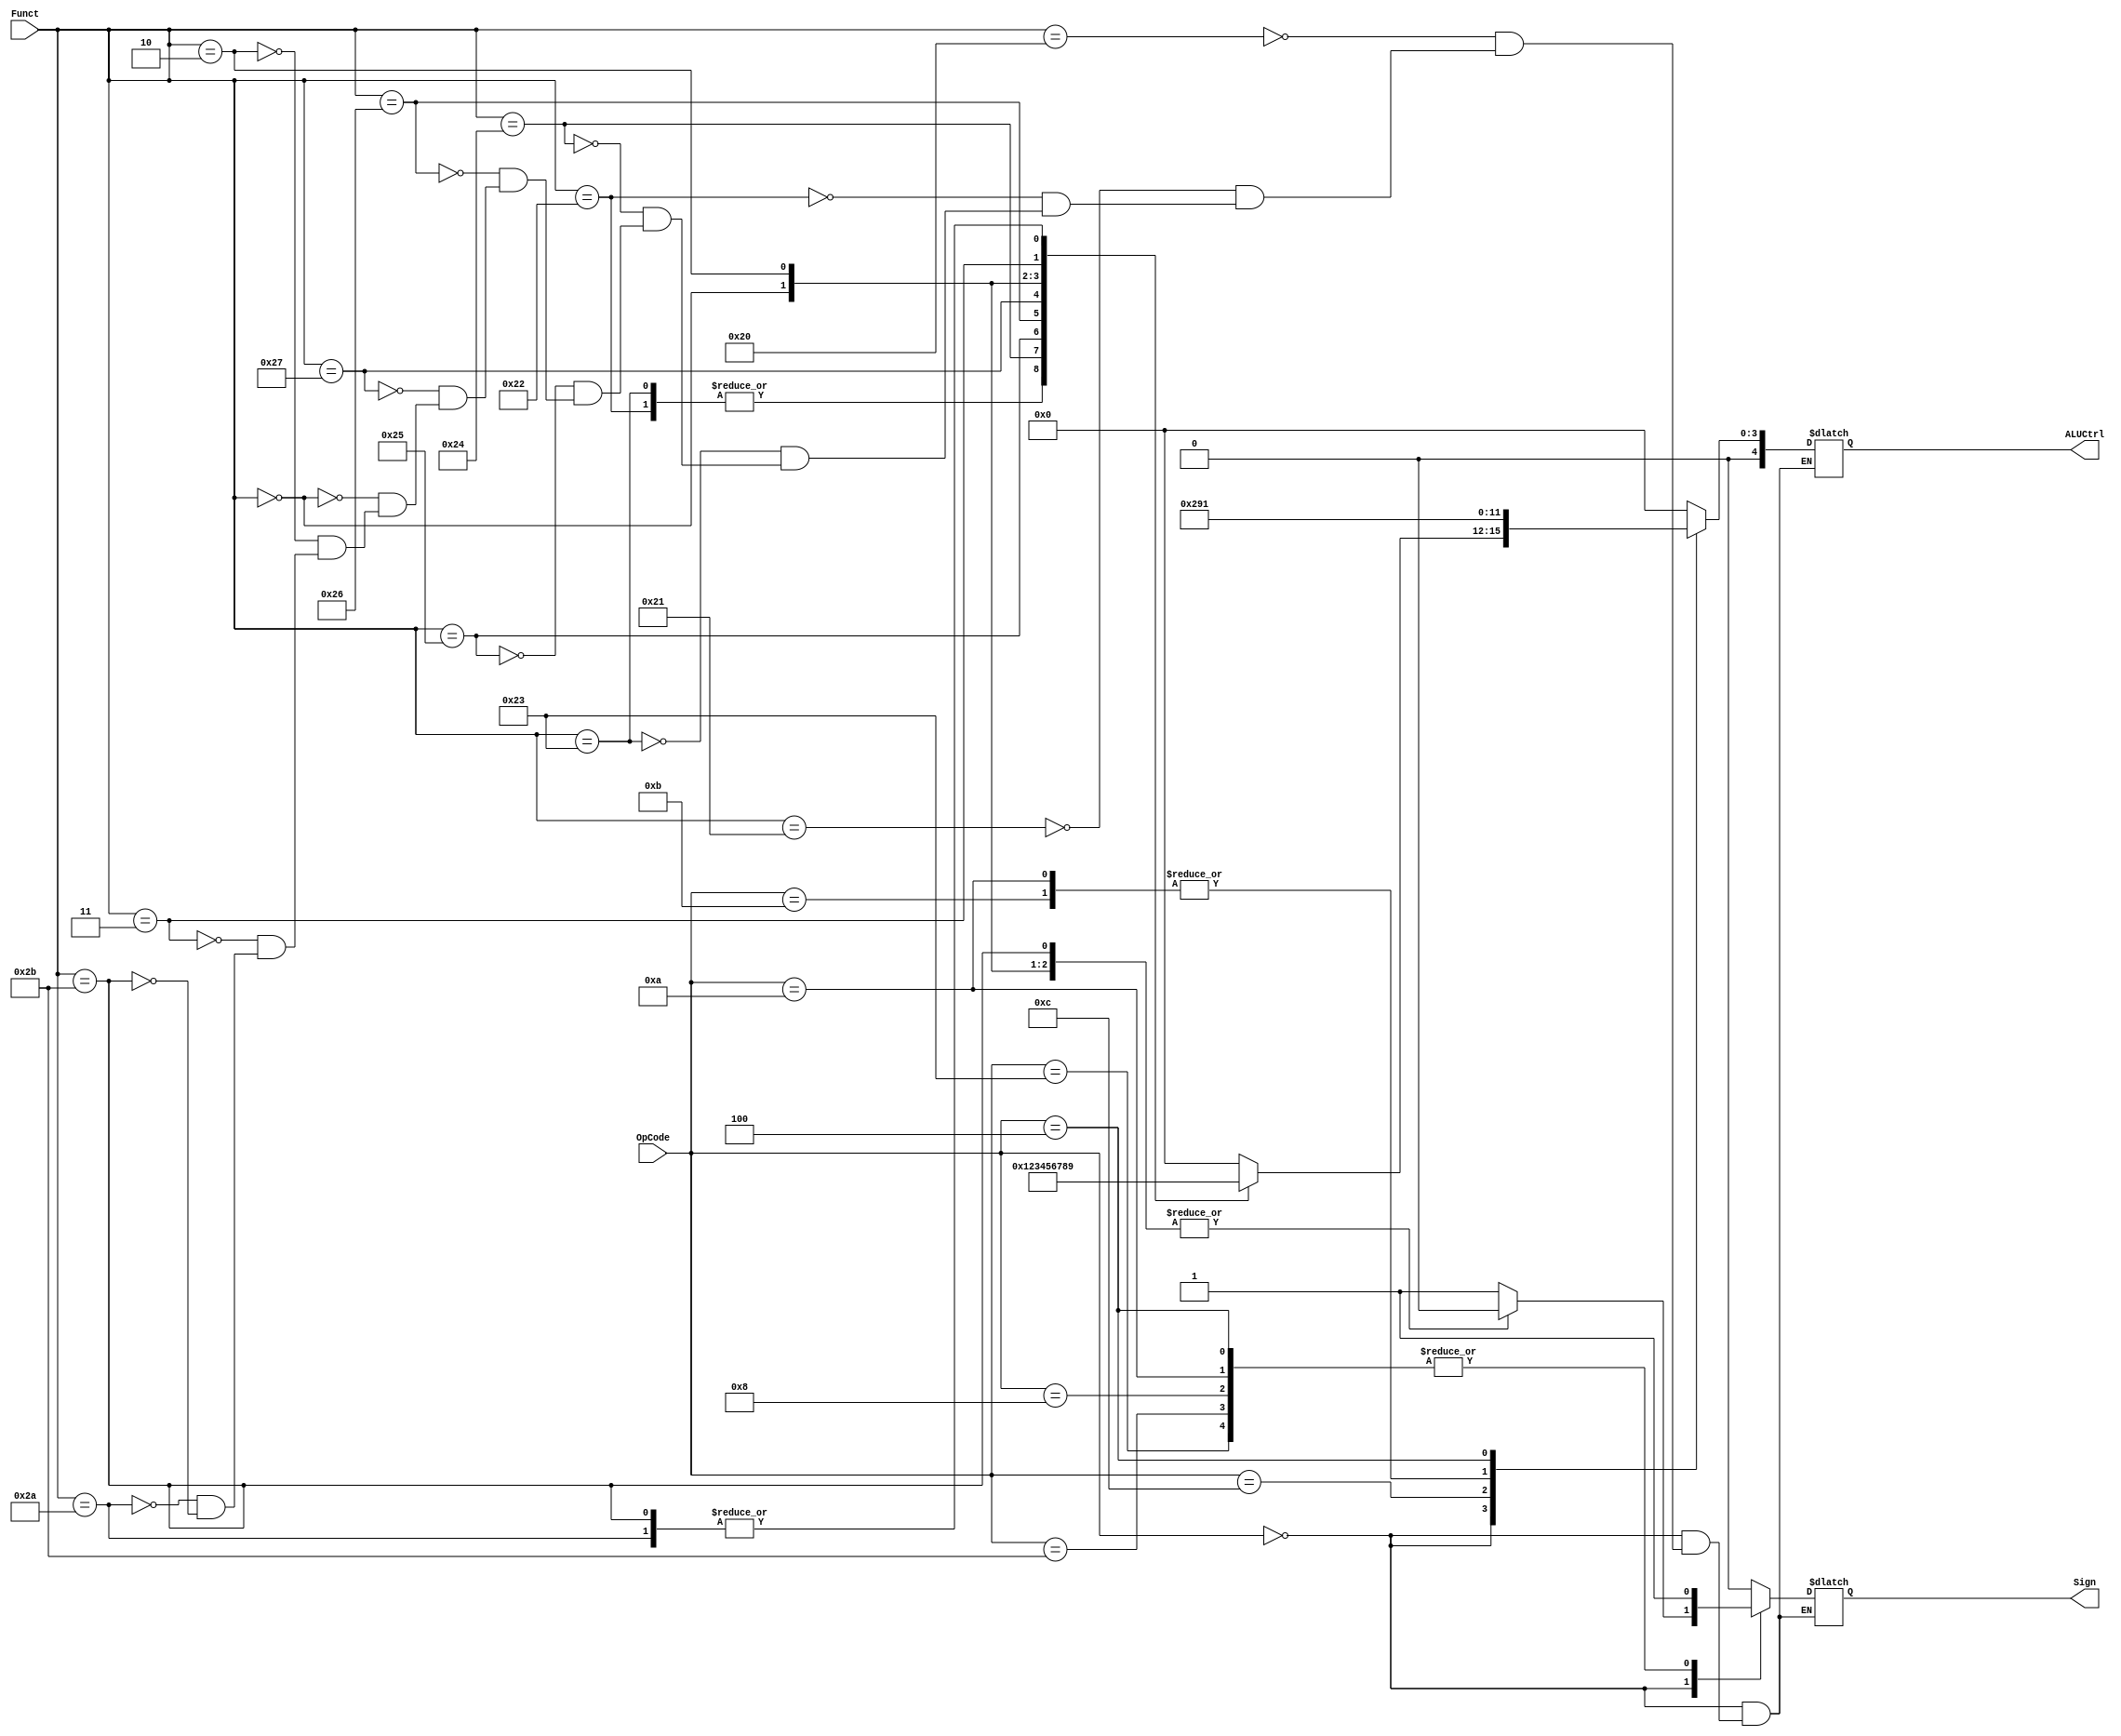
module ALUController(input [5:0]OpCode,
           input [5:0] Funct,
           output reg [4:0] ALUCtrl,
           output reg Sign
);
always @(*) begin
    case(OpCode)
    6'h00:begin
         case(Funct)
         //add
         6'h20:begin
               ALUCtrl=5'b00000;
               Sign=1'b1;
               end
         //addu
         6'h21:begin
               ALUCtrl=5'b00000;
               Sign=1'b0;
               end
         //sub
         6'h22:begin
               ALUCtrl=5'b00001;
               Sign=1'b1;
               end
         //subu
         6'h23:begin
               ALUCtrl=5'b00001;
               Sign=1'b0;
               end
         //and
         6'h24:begin
               ALUCtrl=5'b00010;
               Sign=1'b1;
               end
         //or
         6'h25:begin
               ALUCtrl=5'b00011;
               Sign=1'b1;
               end
         //xor
         6'h26:begin
               ALUCtrl=5'b00100;
               Sign=1'b1;
               end
         //nor
         6'h27:begin
               ALUCtrl=5'b00101;
               Sign=1'b1;
               end
         //sll
         6'h00:begin
               ALUCtrl=5'b00110;
               Sign=1'b0;
               end
         //srl
         6'h02:begin
               ALUCtrl=5'b00111;
               Sign=1'b0;
               end
         //sra
         6'h03:begin
               ALUCtrl=5'b01000;
               Sign=1'b1;
               end
         //slt
         6'h2a:begin
               ALUCtrl=5'b01001;
               Sign=1'b1;
               end
         //sltu
         6'h2b:begin
               ALUCtrl=5'b01001;
               Sign=1'b0;
               end
         endcase
         end
    //lw
    6'h23:begin
          ALUCtrl=5'b00000;
          Sign=1'b1;
          end
    //sw
    6'h2b:begin
          ALUCtrl=5'b00000;
          Sign=1'b1;
          end
    //addi
    6'h08:begin
          ALUCtrl=5'b00000;
          Sign=1'b1;
          end
    //addiu
    6'h09:begin
          ALUCtrl=5'b00000;
          Sign=1'b0;
          end
    //andi
    6'h0c:begin
          ALUCtrl=5'b00010;
          Sign=1'b0;
          end
    //slti
    6'h0a:begin
          ALUCtrl=5'b01001;
          Sign=1'b1;
          end
    //sltiu
    6'h0b:begin
          ALUCtrl=5'b01001;
          Sign=1'b0;
          end
    //beq
    6'h04:begin
          ALUCtrl=5'b00001;
          Sign=1'b1;
          end
    //lui
    6'h0f:begin
          ALUCtrl=5'b00000;
          Sign=1'b0;
          end
    default:begin
            ALUCtrl=5'b00000;
            Sign=1'b0;
            end
    endcase
end
endmodule